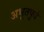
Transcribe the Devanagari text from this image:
अभूतपुर्व